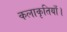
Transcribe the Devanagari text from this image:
कलाकृतियाँ।